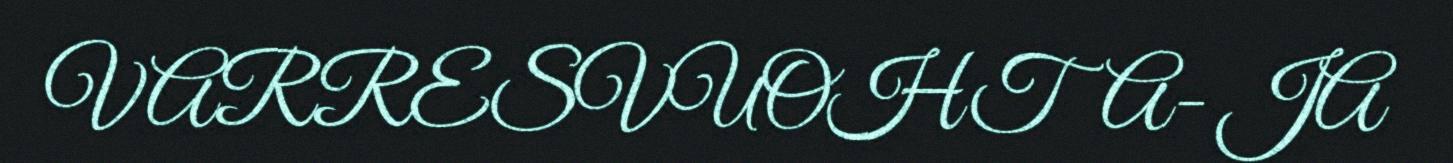
VARRESVUOHTA- JA